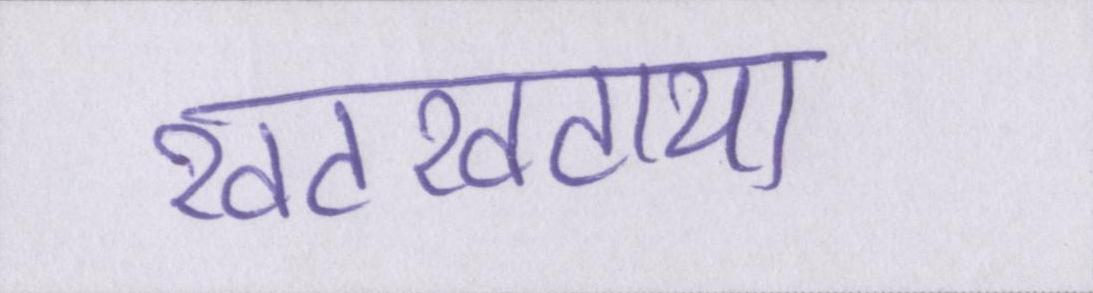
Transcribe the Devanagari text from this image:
खटखटाया